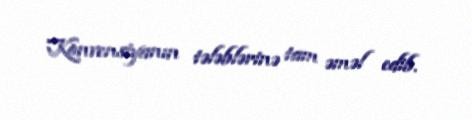
Konvensiyanın tələblərinə tam əməl edib.